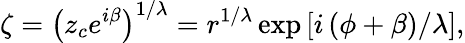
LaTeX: \zeta=\left(z_{c}e^{i\beta}\right)^{1/\lambda}=r^{1/\lambda}\exp\left[i\left(\phi+\beta\right)/\lambda\right],